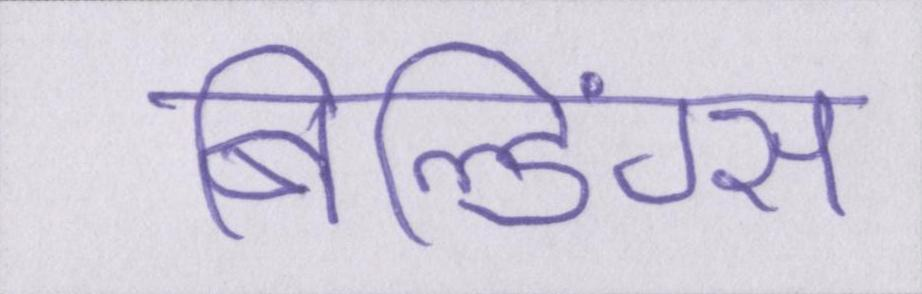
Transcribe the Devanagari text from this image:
बिल्डिंग्स